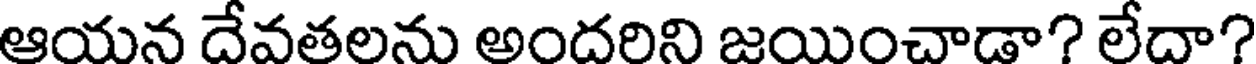
ఆయన దేవతలను అందరిని జయించాడా? లేదా?